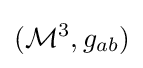
({\mathcal {M}}^{3},g_{ab})